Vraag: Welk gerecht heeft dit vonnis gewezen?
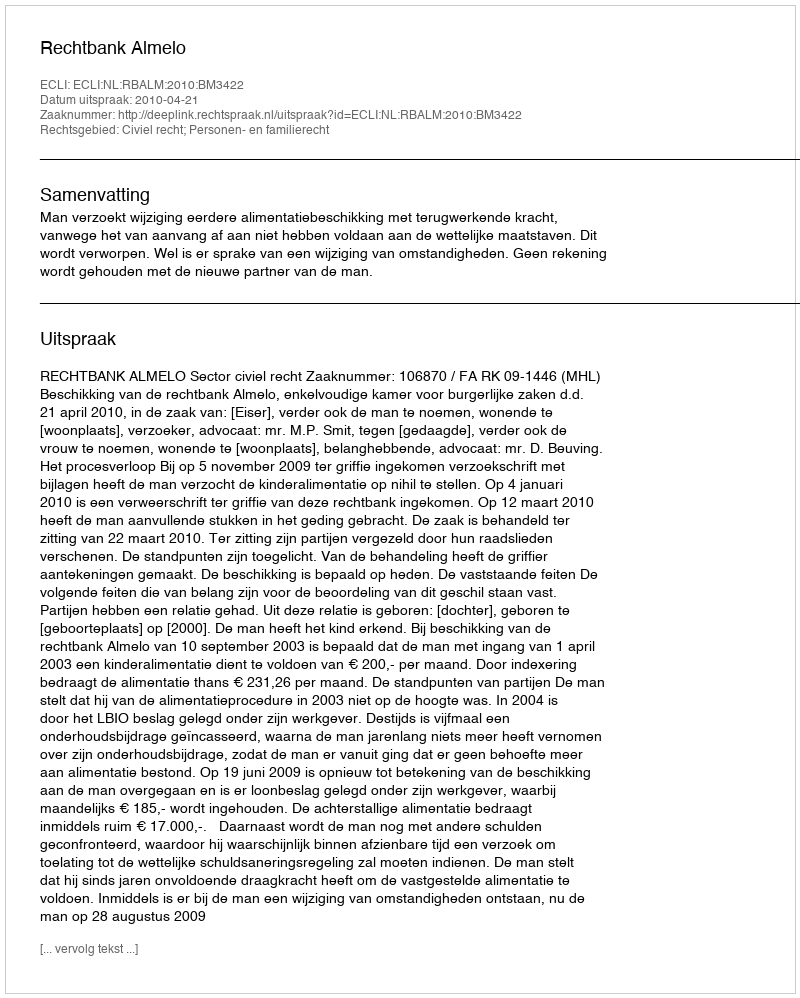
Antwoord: Rechtbank Almelo